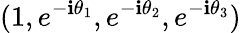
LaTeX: (1,e^{-\mathbf{i}\theta_{1}},e^{-\mathbf{i}\theta_{2}},e^{-\mathbf{i}\theta_{3}})